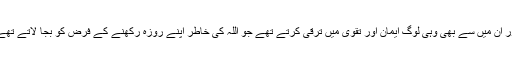
اور ان میں سے بھی وہی لوگ ایمان اور تقویٰ میں ترقی کرتے تھے جو اللہ کی خاطر اپنے روزہ رکھنے کے فرض کو بجا لاتے تھے۔